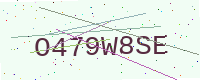
Text: O479W8SE